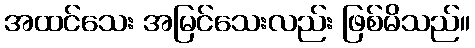
အထင်သေး အမြင်သေးလည်း ဖြစ်မိသည်။